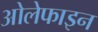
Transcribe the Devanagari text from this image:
ओलेफाइन